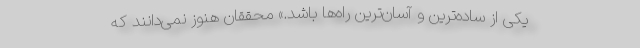
یکی از ساده‌ترین و آسان‌ترین راه‌ها باشد.» محققان هنوز نمی‌دانند که